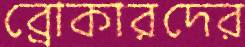
ব্রোকারদের